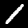
Digit: 1